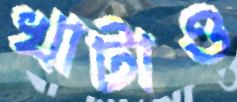
খাটাও